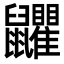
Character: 𪖏